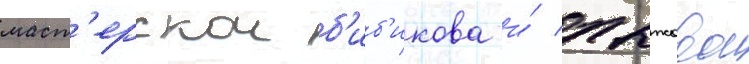
маст'ерскои б'иб'икова и́ пыжовои